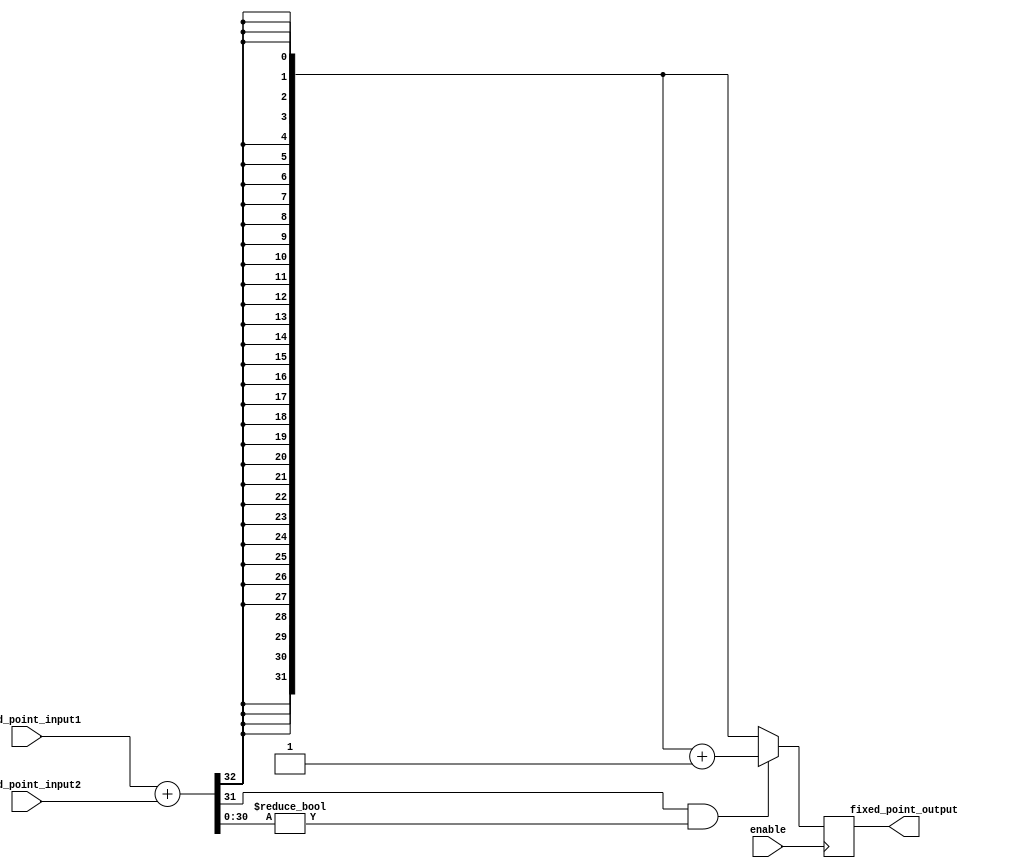
module fixed_point_rounding_unit (
    input wire signed [31:0] fixed_point_input1,
    input wire signed [31:0] fixed_point_input2,
    input wire enable,
    output reg signed [31:0] fixed_point_output
);

reg signed [63:0] result;

always @ (posedge enable) begin
    result = fixed_point_input1 + fixed_point_input2;
    
    if(result[31] == 1 && result[30:0] != 0) begin
        fixed_point_output = result[63:32] + 1;
    end else begin
        fixed_point_output = result[63:32];
    end
end

endmodule